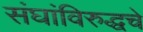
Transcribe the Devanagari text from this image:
संघांविरुद्धचे